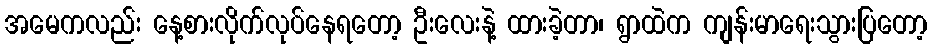
အမေကလည်း နေ့စားလိုက်လုပ်နေရတော့ ဦးလေးနဲ့ ထားခဲ့တာ၊ ရွာထဲက ကျန်းမာရေးသွားပြတော့